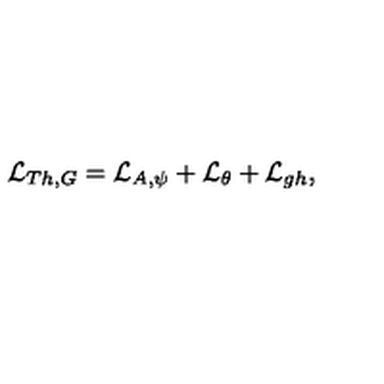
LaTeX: { \cal L } _ { T h , G } = { \cal L } _ { A , \psi } + { \cal L } _ { \theta } + { \cal L } _ { g h } ,